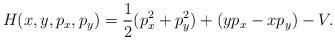
LaTeX: \begin{align*}H(x, y, p_x, p_y)= \frac{1}{2}(p_x^2+ p_y^2)+ (y p_x- x p_y)- V.\end{align*}